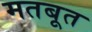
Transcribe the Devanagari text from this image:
मतबूत